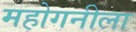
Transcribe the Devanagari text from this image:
महोगनीला